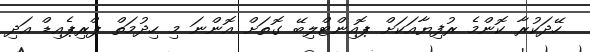
ހޭދަކުރާ ކޮންމެ ރުފިޔާއަކަށް ޕޮއިންޓްލިބޭ ގޮތަށް އޮންނަ މި ހިދުމަތް ޕްރިޕެއިޑް އަދި